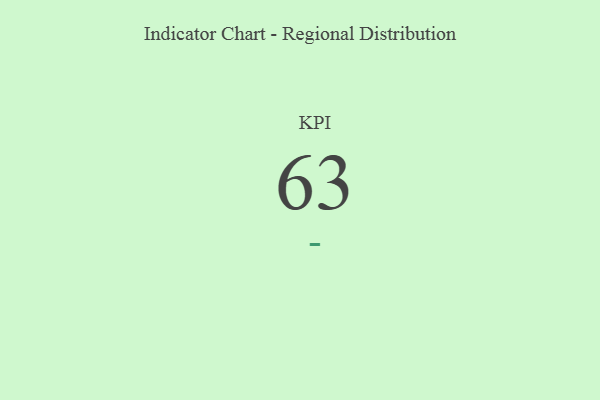
{"axis": {"x": "KPI", "y": "Value"}, "legend": [""], "data": [{"x": "KPI", "y": 63, "type": ""}]}